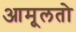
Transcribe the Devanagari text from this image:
आमूलतो